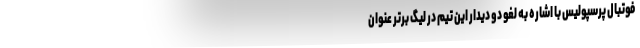
فوتبال پرسپولیس با اشاره به لغو دو دیدار این تیم در لیگ برتر عنوان